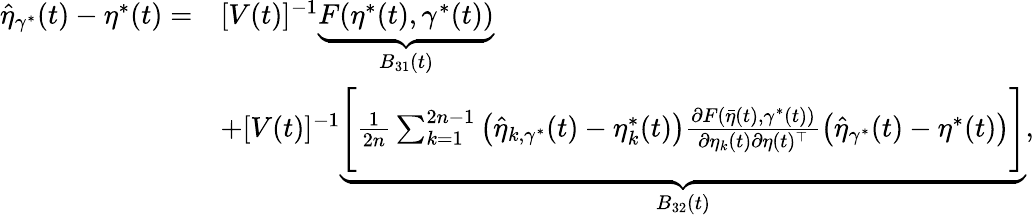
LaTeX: \begin{array}{rl}{\widehat{\eta}_{\gamma^{*}}(t)-\eta^{*}(t)=}&{[V(t)]^{-1}\underbrace{F(\eta^{*}(t),\gamma^{*}(t))}_{B_{31}(t)}}\\ &{+[V(t)]^{-1}\underbrace{\Bigg[\frac{1}{2n}\sum_{k=1}^{2n-1}\big(\widehat{\eta}_{k,\gamma^{*}}(t)-\eta_{k}^{*}(t)\big)\frac{\partial F(\bar{\eta}(t),\gamma^{*}(t))}{\partial\eta_{k}(t)\partial\eta(t)^{\top}}\big(\widehat{\eta}_{\gamma^{*}}(t)-\eta^{*}(t)\big)\Bigg]}_{B_{32}(t)},}\end{array}